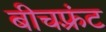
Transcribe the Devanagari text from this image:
बीचफ़्रंट